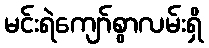
မင်းရဲကျော်စွာလမ်းရှိ